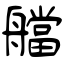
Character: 艡